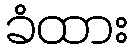
ခံထား